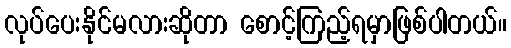
လုပ်ပေးနိုင်မလားဆိုတာ စောင့်ကြည့်ရမှာဖြစ်ပါတယ်။